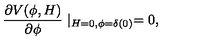
\frac { \partial V ( \phi , H ) } { \partial \phi } \mid _ { H = 0 , \phi = \delta ( 0 ) } = 0 ,